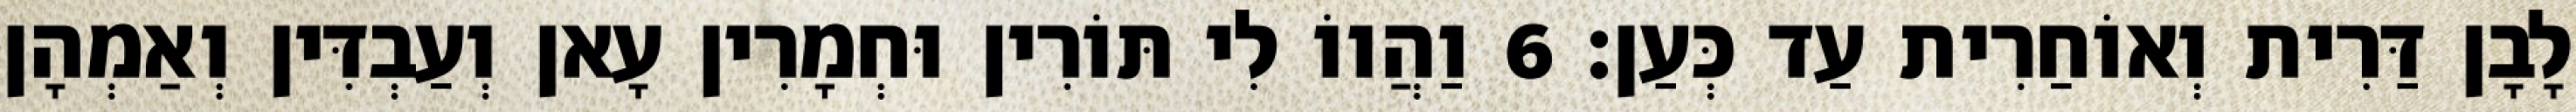
לָבָן דַּרִית וְאוֹחַרִית עַד כְּעַן׃ 6 וַהֲווֹ לִי תּוֹרִין וּחְמָרִין עָאן וְעַבְדִּין וְאַמְהָן